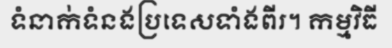
ទំនាក់ទំនងប្រទេសទាំងពីរ។ កម្មវិធី